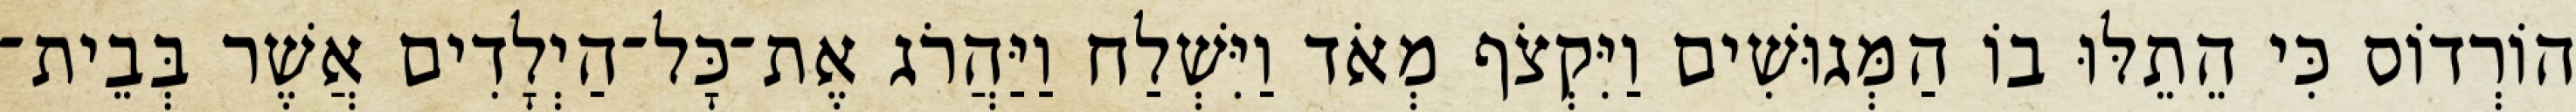
הוֹרְדוֹס כִּי הֵתֵלּוּ בוֹ הַמְּגוּשִׁים וַיִּקְצֹף מְאֹד וַיִּשְׁלַח וַיַּהֲרֹג אֶת־כָּל־הַיְלָדִים אֲשֶׁר בְּבֵית־